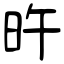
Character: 旿